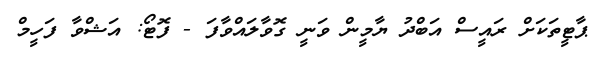
ޕާޓީތަކަށް ރައީސް އަބްދު ޔާމީން ވަނީ ގޮވާލައްވާފަ - ފޮޓޯ: އަޝްވާ ފަހީމް